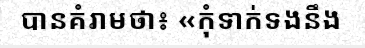
បានគំរាមថា៖ «កុំទាក់ទងនឹង